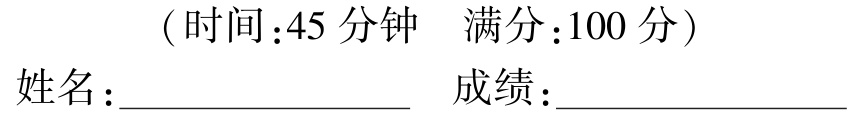
（时间：45 分钟  满分：100 分）

姓名：________________  成绩：________________